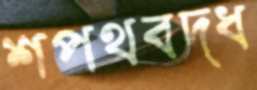
শপথবদ্ধ